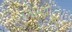
બાણોના